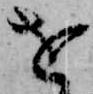
を